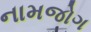
નામજોગ